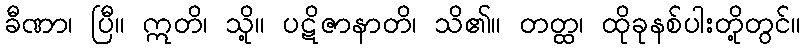
ခီဏာ၊ ပြီ။ ဣတိ၊ သို့။ ပဋိဇာနာတိ၊ သိ၏။ တတ္ထ၊ ထိုခုနစ်ပါးတို့တွင်။